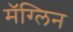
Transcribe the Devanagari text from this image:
मॅग्लिन